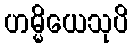
ဟမ္မိယေသုပိ